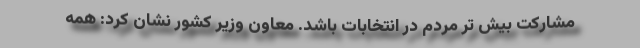
مشارکت بیش تر مردم در انتخابات باشد. معاون وزیر کشور نشان کرد: همه